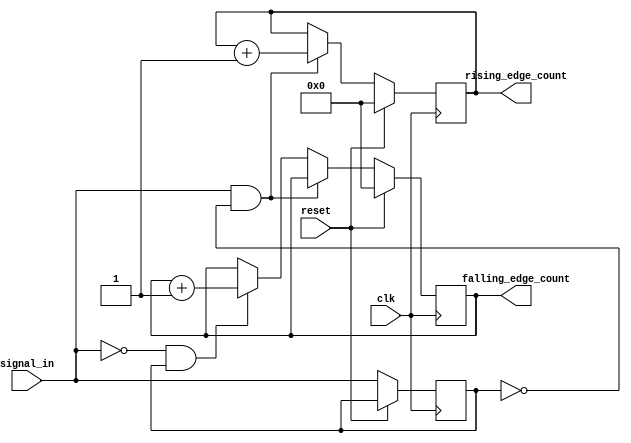
module edge_counter (
    input wire clk,                   // Clock input
    input wire reset,                 // Reset input
    input wire signal_in,             // Input signal to be monitored
    output reg [31:0] rising_edge_count,  // Count of rising edges
    output reg [31:0] falling_edge_count // Count of falling edges
);

    reg prev_signal;                  // Register to hold the previous state of signal_in

    // Synchronous process for edge detection and counting
    always @(posedge clk) begin
        if (reset) begin
            // Reset counts if reset signal is high
            rising_edge_count <= 0;
            falling_edge_count <= 0;
        end else begin
            // Edge detection logic
            if (signal_in && !prev_signal) begin
                // Rising edge detected
                rising_edge_count <= rising_edge_count + 1;
            end else if (!signal_in && prev_signal) begin
                // Falling edge detected
                falling_edge_count <= falling_edge_count + 1;
            end

            // Update the previous signal state
            prev_signal <= signal_in;
        end
    end

endmodule